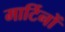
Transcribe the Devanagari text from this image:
मार्टिनों